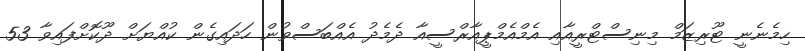
ހިމެނެނީ ޓޫރިޒަމް މިނިސްޓްރީއާއި އެމްއެމްޕީއާރްސީއާ ދެމެދު އެއްބަސްވުން ހަދައިގެން ކުއްޔަށް ދޫކޮށްފައިވާ 53